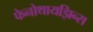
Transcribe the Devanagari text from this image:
फेनोथायझिन्स